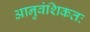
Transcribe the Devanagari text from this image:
आनुवंशिकतः